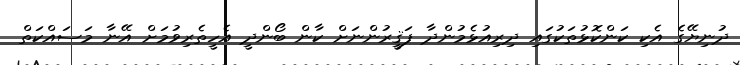
ދުނިޔޭގެ އެކި ކަންކޮޅުތަކުގައި ދިރިއުޅެމުންދާ ފަޤީރުންނަށް ކާން ބޯންދީ އެހީތެރިވުމަށް އޭނާ މަސައްކަތް